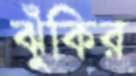
ঝুঁকির